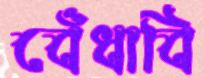
বেঁধাবি